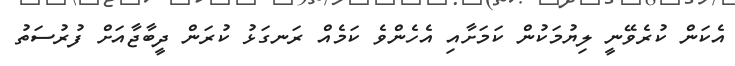
އެކަން ކުރެވޭނީ ލިޔުމަކުން ކަމަށާއި އެހެންވެ ކަމެއް ރަނގަޅު ކުރަން ދީބާޖާއަށް ފުރުސަތު